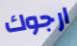
ارجوك